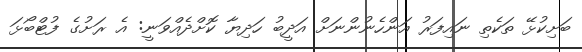
ބަށިކުޅޭ ތަކެތި ނައިފަރު އަންހެނުންނަށް އަދީބު ހަދިޔާ ކޮށްދެއްވަނީ: އެ ރަށުގެ ފުޓްބޯޅަ